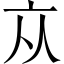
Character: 𠅃